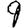
Digit: 9